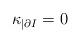
LaTeX: \begin{align*} \kappa_{|\partial I}=0\end{align*}